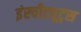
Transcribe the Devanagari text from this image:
इंस्चीट्यूट्स